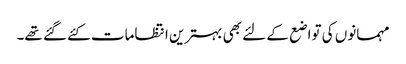
مہمانوں کی تواضع کے لئے بھی بہترین انتظامات کئے گئے تھے۔